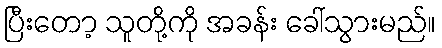
ပြီးတော့ သူတို့ကို အခန်း ခေါ်သွားမည်။